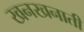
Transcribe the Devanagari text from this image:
खनखनाती